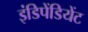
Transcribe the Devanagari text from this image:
इंडिपेंडियेंट